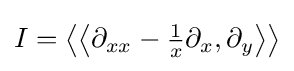
{\textstyle I=\left\langle \left\langle \partial _{xx}-{\frac {1}{x}}\partial _{x},\partial _{y}\right\rangle \right\rangle }